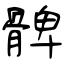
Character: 髀